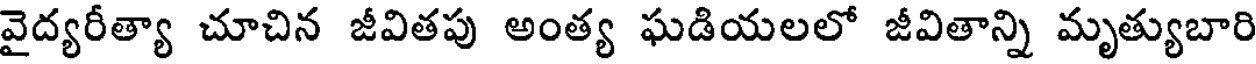
వైద్యరీత్యా చూచిన జీవితపు అంత్య ఘడియలలో జీవితాన్ని మృత్యుబారి